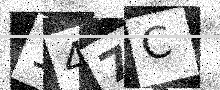
Text: 147C